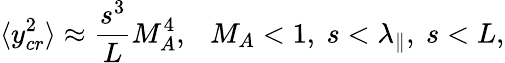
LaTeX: \langle y_{cr}^{2}\rangle\approx\frac{s^{3}}{L}M_{A}^{4},~~~M_{A}<1,~s<\lambda_{\| },~s<L,